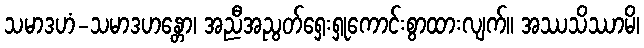
သမာဒဟံ-သမာဒဟန္တော၊ အညီအညွတ်ရှေးရှုကောင်းစွာထားလျက်။ အဿသိဿာမိ၊